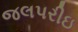
જલપરીઇ